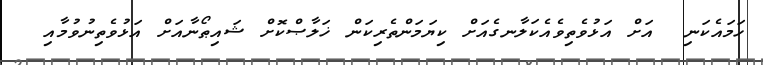
ހަމައެކަނި  އަށް އަޅުވެތިވެއެކަލާނގެއަށް ކިޔަމަންތެރިކަން ޚަލާޞްކޮށް ޝައިޠޯނާއަށް އަޅުވެތިނުވުމާއި